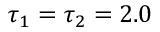
\tau _ { 1 } = \tau _ { 2 } = 2 . 0